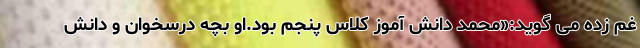
غم زده می گوید:«محمد دانش آموز کلاس پنجم بود.او بچه درسخوان و دانش